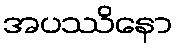
အပဿိနော